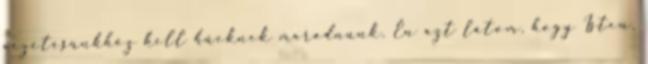
vezetésünkhöz kell hűeknek maradnunk. Én azt látom, hogy Isten,